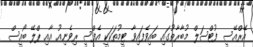
އޭރްއޭސީ ފުޓްސަލް މުބާރާތުގައި ބައިވެފައިވާ ޓީމުތަކަކީ އެފްސީ ރިވެނިއު އާއި ޕްލޭ ބޯއީސް